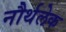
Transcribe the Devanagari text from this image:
नौर्थलेक